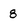
Character: 8